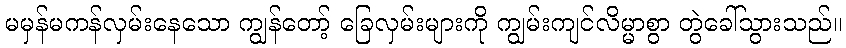
မမှန်မကန်လှမ်းနေသော ကျွန်တော့် ခြေလှမ်းများကို ကျွမ်းကျင်လိမ္မာစွာ တွဲခေါ်သွားသည်။